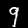
Digit: 9